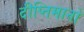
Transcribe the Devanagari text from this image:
दीप्तिमानों